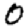
Digit: 0